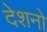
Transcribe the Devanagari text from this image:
देशनो